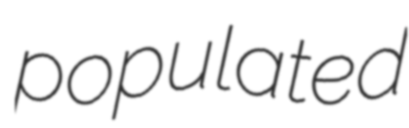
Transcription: populated